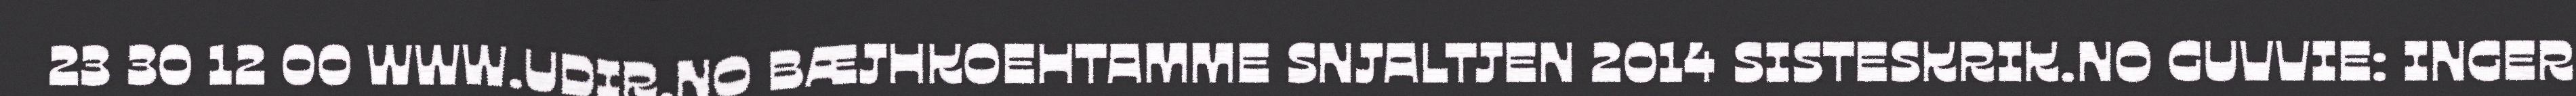
23 30 12 00 WWW.UDIR.NO BÆJHKOEHTAMME SNJALTJEN 2014 SISTESKRIK.NO GUVVIE: INGER